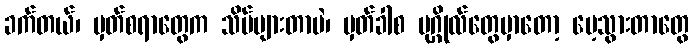
ခက်တယ်၊ မှတ်စရာတွေက သိပ်များတာပဲ၊ မှတ်ခါစ ပုဂ္ဂိုလ်တွေမှာတော့ မေ့သွားတာတွေ